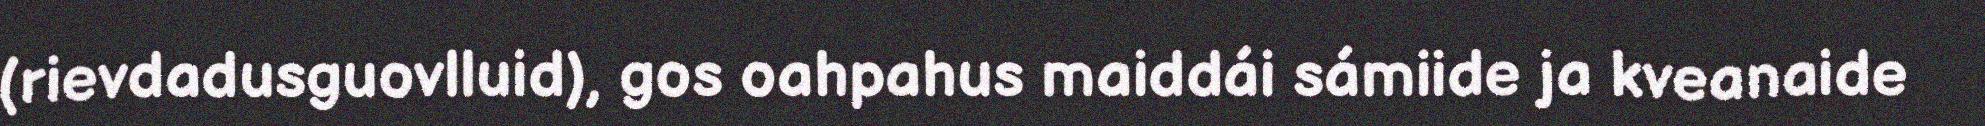
(rievdadusguovlluid), gos oahpahus maiddái sámiide ja kveanaide